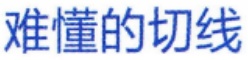
难懂的切线